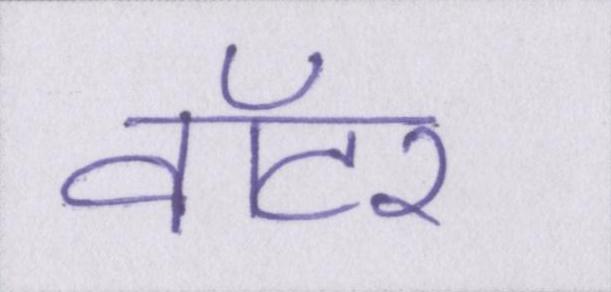
वॉटर